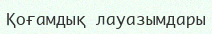
Қоғамдық лауазымдары